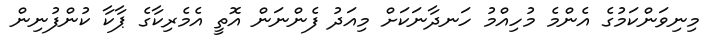
މިނިވަންކަމުގެ އެންމެ މުހިއްމު ހަނދާނަކަށް މިއަދު ފެންނަން އޮތީ އެމެރިކާގެ ޕާކާ ކުންފުނިން